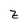
Character: z